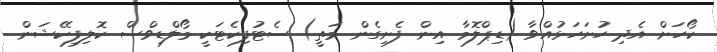
ކޯހަށް އެދި ހުށަހަޅުއްވާ (ޑިޕްލޮމާ އިން ފެށިގެން މަތީ) ސެޓުފިކެޓަކީ މޯލްޑިވްސް ކޮލިފިކޭޝަން